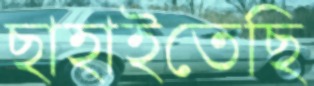
ছাহাইতেছি